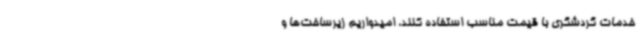
خدمات گردشگری با قیمت مناسب استفاده کنند، امیدواریم زیرساخت‌ها و